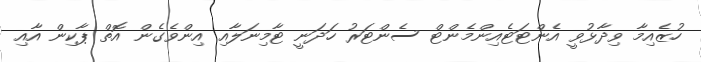
ހުޒެއިމާ ވިދާޅުވީ އެންޓަޓެއިންމެންޓް ސެންޓަރު ހަދަނީ ޓާމިނަލާއި އިންވެގެން އޮތް ޕާކިން އާއި